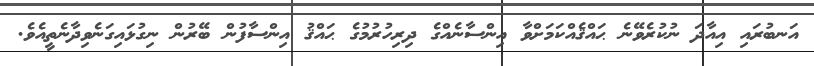
އަނބުރައި އިއާދަ ނުކުރެވޭނެ ޙައްޤެއްކަމަށްވާ އިންސާނެއްގެ ދިރިހުރުމުގެ ޙައްޤު އިންސާފުން ބޭރުން ނިގުޅައިގަނެވިދާނެތީއެވެ.